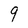
Character: 9